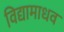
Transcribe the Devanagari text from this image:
विद्यामाधव